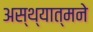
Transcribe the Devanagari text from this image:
अस्थ्यात्मने